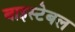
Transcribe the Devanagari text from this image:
बाइस्टेबल